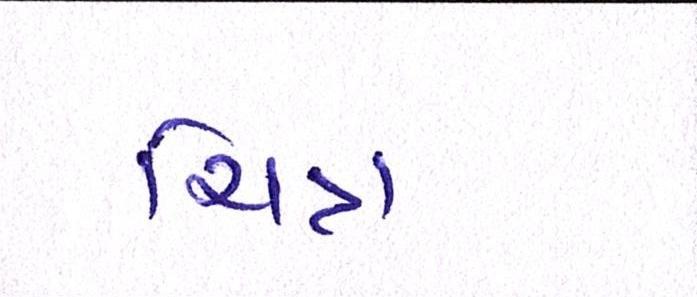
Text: ચિત્ર